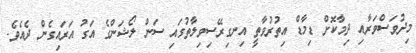
މިދުވަސްވަރާއި ދިމާކޮށް ޑިމާޑް އިތުރުވާތީ އިނގިރޭސިވިލާތުގައި ސަން ލޯޝަންގެ އަގު އަރައިގެން ދެއެވެ.